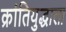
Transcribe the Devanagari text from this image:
क्रांतियुद्धाला